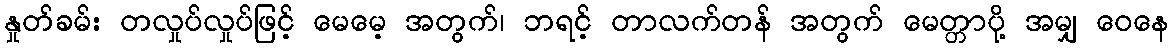
နှုတ်ခမ်း တလှုပ်လှုပ်ဖြင့် မေမေ့ အတွက်၊ ဘရင့် တာလက်တန် အတွက် မေတ္တာပို့ အမျှ ဝေနေ